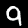
Digit: 9